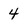
Character: 4